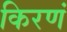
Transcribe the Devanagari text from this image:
किरणं